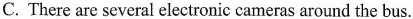
C.There are several electronic cameras around the bus.